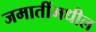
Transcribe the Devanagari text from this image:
जमातींमधील